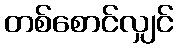
တစ်စောင်လျှင်